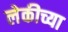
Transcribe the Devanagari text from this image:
लेकीच्या